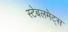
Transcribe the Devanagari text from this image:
स्टेबलमेट्स